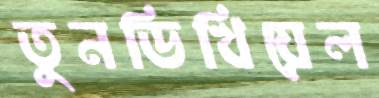
তুনডিখিয়েল